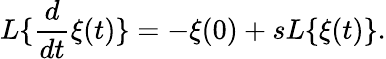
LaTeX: L\{ \frac{d}{dt}\xi(t)\} =-\xi(0)+sL\{ \xi(t)\} .